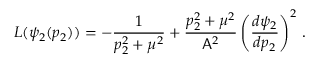
L ( \psi _ { 2 } ( p _ { 2 } ) ) = - \frac { 1 } { p _ { 2 } ^ { 2 } + \mu ^ { 2 } } + \frac { p _ { 2 } ^ { 2 } + \mu ^ { 2 } } { \mathsf { A } ^ { 2 } } \left( \frac { d \psi _ { 2 } } { d p _ { 2 } } \right) ^ { 2 } \, .